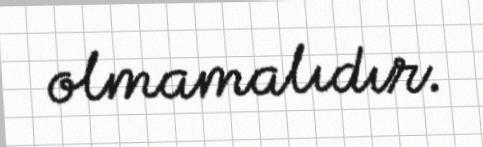
olmamalıdır.